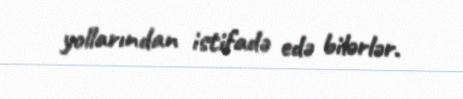
yollarından istifadə edə bilərlər.